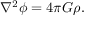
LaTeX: \nabla ^ { 2 } \phi = 4 \pi G \rho .